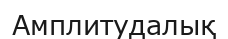
Амплитудалық